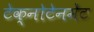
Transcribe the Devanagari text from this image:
टेक्नोटेनमेंट